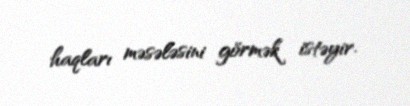
haqları məsələsini görmək istəyir.